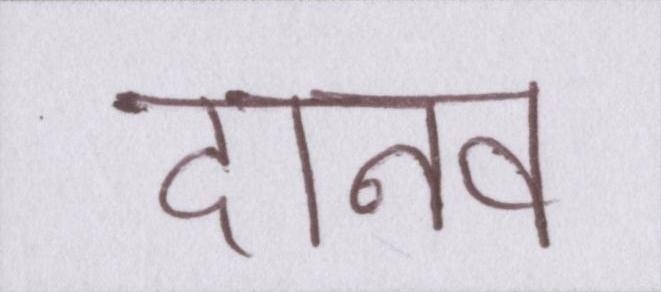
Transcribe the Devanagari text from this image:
दानव